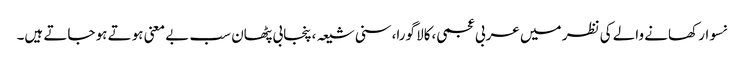
نسوار کھانے والے کی نظر میں عربی عجمی،کالا گورا،سنی شیعہ،پنجابی پٹھان سب بے معنی ہوتے ہو جاتے ہیں۔